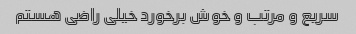
سریع و مرتب و خوش برخورد خیلی راضی هستم